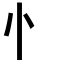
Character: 忄